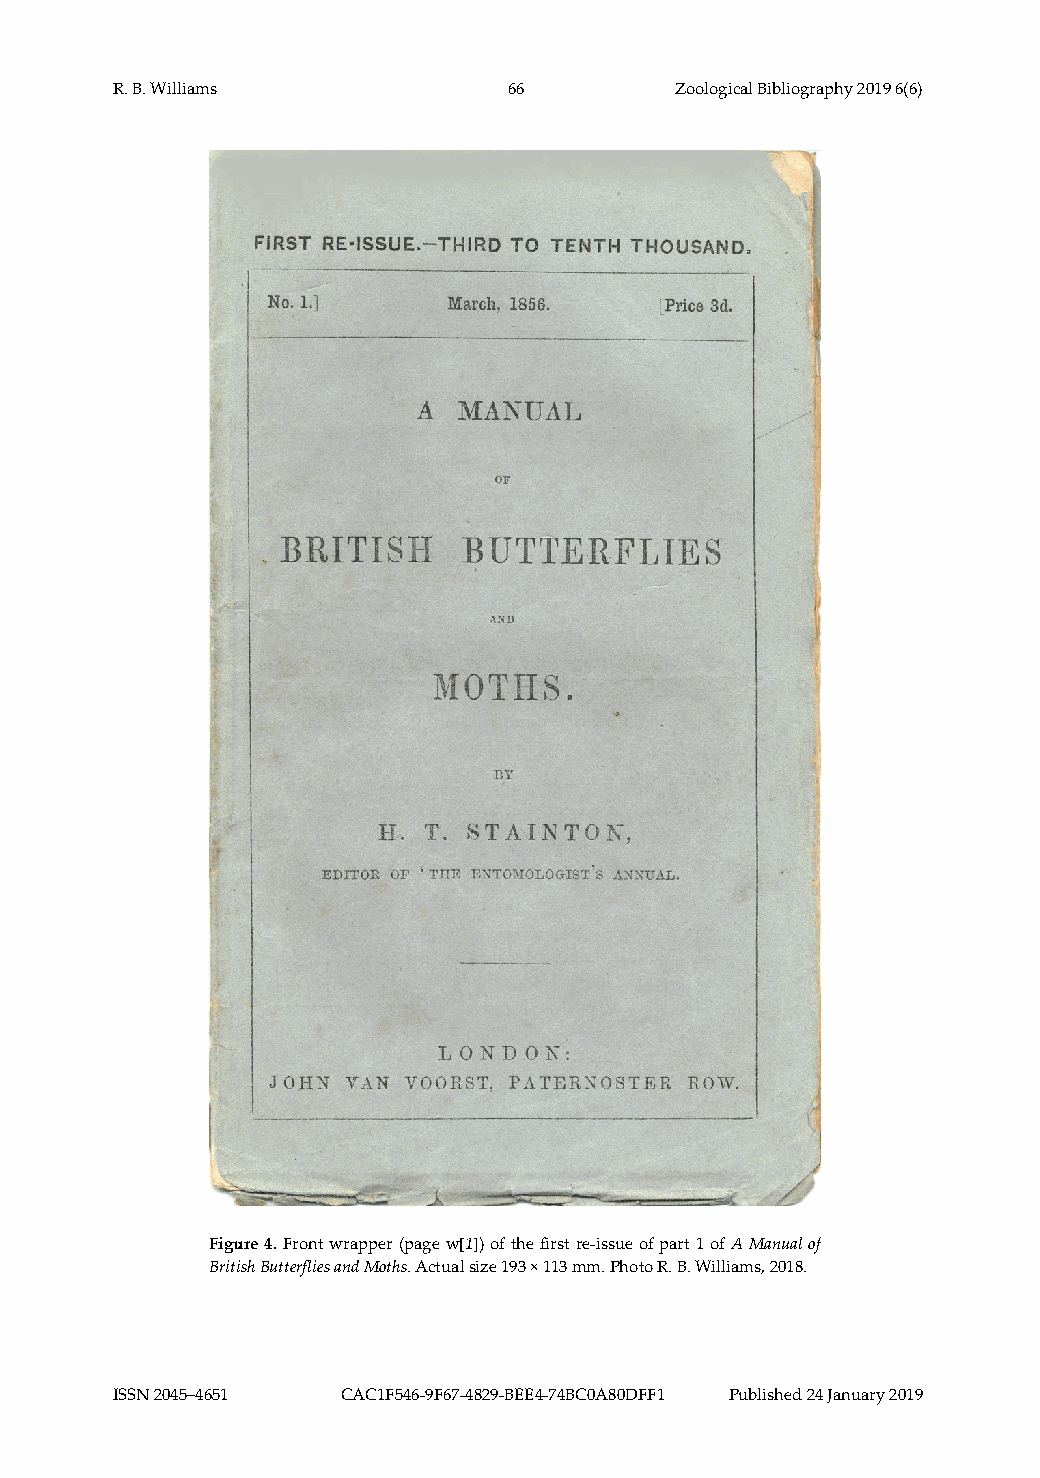
R. B. Williams             66         Zoological Bibliography 2019 6(6)
 Figure 4. Front wrapper (page w[1]) of the first re‐issue of part 1 of A Manual of
 British Butterflies and Moths. Actual size 193 × 113 mm. Photo R. B. Williams, 2018.
 ISSN 2045–4651  CAC1F546‐9F67‐4829‐BEE4‐74BC0A80DFF1 Published 24 January 2019